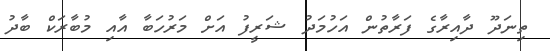
ތިނަދޫ ދާއިރާގެ ފަރާތުން އަހުމަދު ޝަރީފު އަށް މަރުހަބާ އާއި މުބާރަކް ބާދު